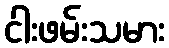
ငါးဖမ်းသမား